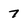
Character: 7